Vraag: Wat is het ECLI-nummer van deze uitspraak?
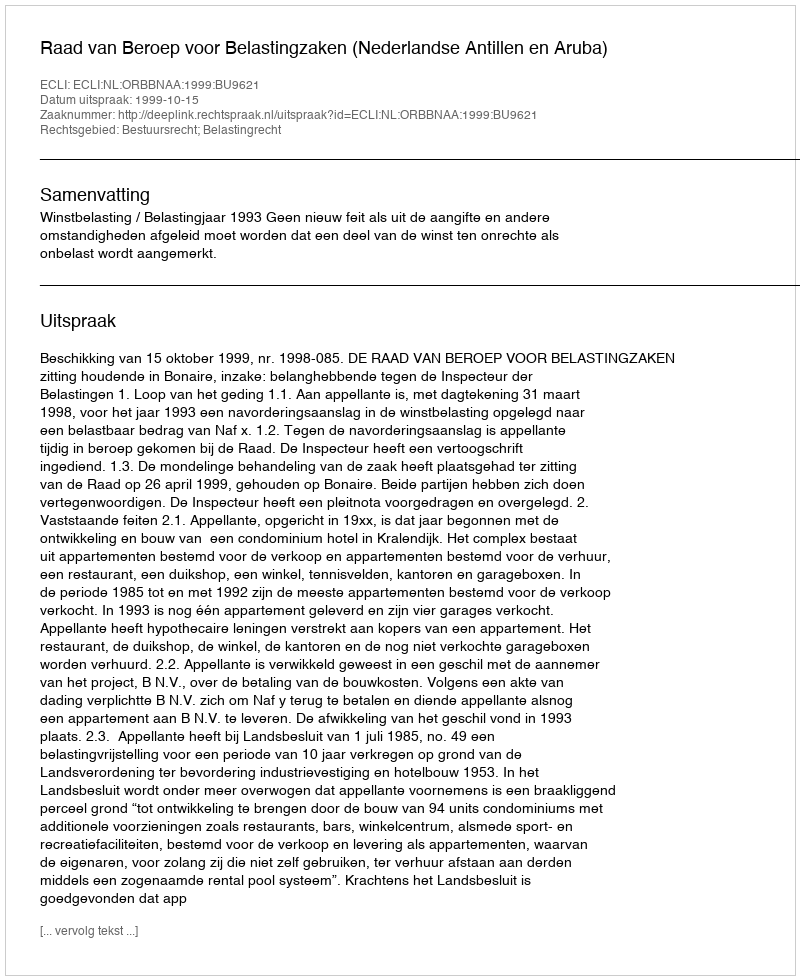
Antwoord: ECLI:NL:ORBBNAA:1999:BU9621